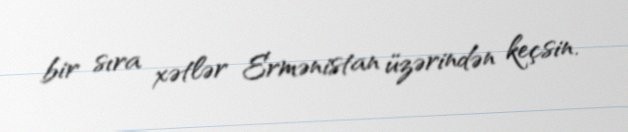
bir sıra xətlər Ermənistan üzərindən keçsin.